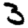
Digit: 3